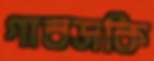
গাবসকি